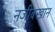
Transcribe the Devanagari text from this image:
नजीबखान